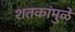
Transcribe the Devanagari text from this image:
शतकांमुळे